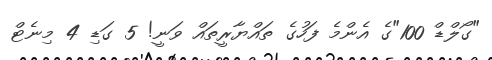
"ގޯލްޑް 100"ގެ އެންމެ ފަހުގެ ތައްޔާރީތައް ވަނީ! 5 ގަޑި 4 މިނެޓް